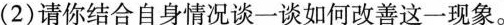
(2)请你结合自身情况谈一谈如何改善这一现象。